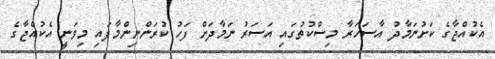
އެކުއްޖާގެ ކަށުނަމާދު އާސަހަރާ މިސްކުތުގައި އަސަރު ނަމާދަށް ފަހު ކުރަންނިންމާފައި މިވަނީ އެކުއްޖާގެ